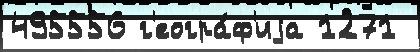
495556 г'еогра́ф'иjа 1271